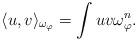
LaTeX: \begin{align*}\langle u,v \rangle_{\omega_{\varphi}} = \int uv \omega_{\varphi}^n.\end{align*}